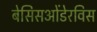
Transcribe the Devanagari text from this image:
बेसिसओंडेरविस